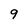
Character: 9